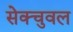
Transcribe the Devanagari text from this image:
सेक्चुवल